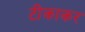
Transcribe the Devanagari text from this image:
टीकाकर